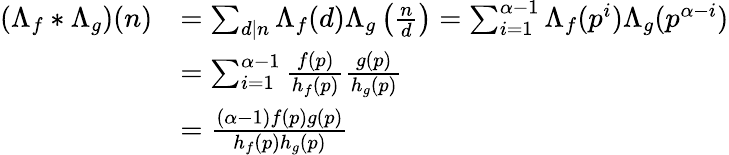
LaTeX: \begin{array}{rl}{\left(\Lambda_{f}\ast\Lambda_{g}\right)(n)}&{=\sum_{d\mid n}\Lambda_{f}(d)\Lambda_{g}\left(\frac{n}{d}\right)=\sum_{i=1}^{\alpha-1}\Lambda_{f}(p^{i})\Lambda_{g}(p^{\alpha-i})}\\ &{=\sum_{i=1}^{\alpha-1}\frac{f(p)}{h_{f}(p)}\frac{g(p)}{h_{g}(p)}}\\ &{=\frac{(\alpha-1)f(p)g(p)}{h_{f}(p)h_{g}(p)}}\end{array}